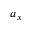
a _ { x }